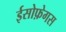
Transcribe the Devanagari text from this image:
ईसोफ़ेगस